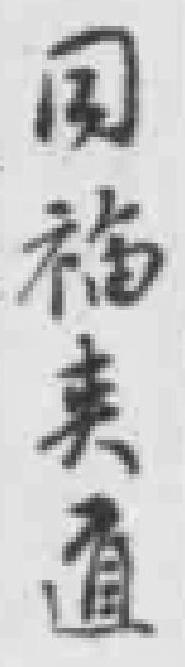
同福夹道